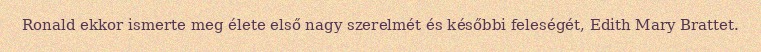
Ronald ekkor ismerte meg élete első nagy szerelmét és későbbi feleségét, Edith Mary Brattet.